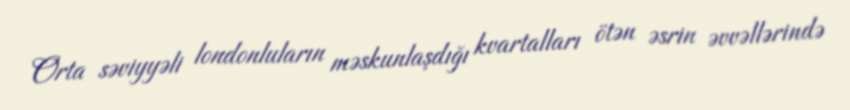
Orta səviyyəli londonluların məskunlaşdığı kvartalları ötən əsrin əvvəllərində